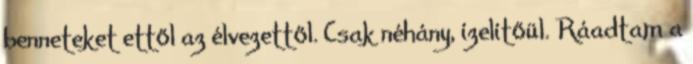
benneteket ettől az élvezettől. Csak néhány, ízelítőül. Ráadtam a